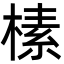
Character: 榡